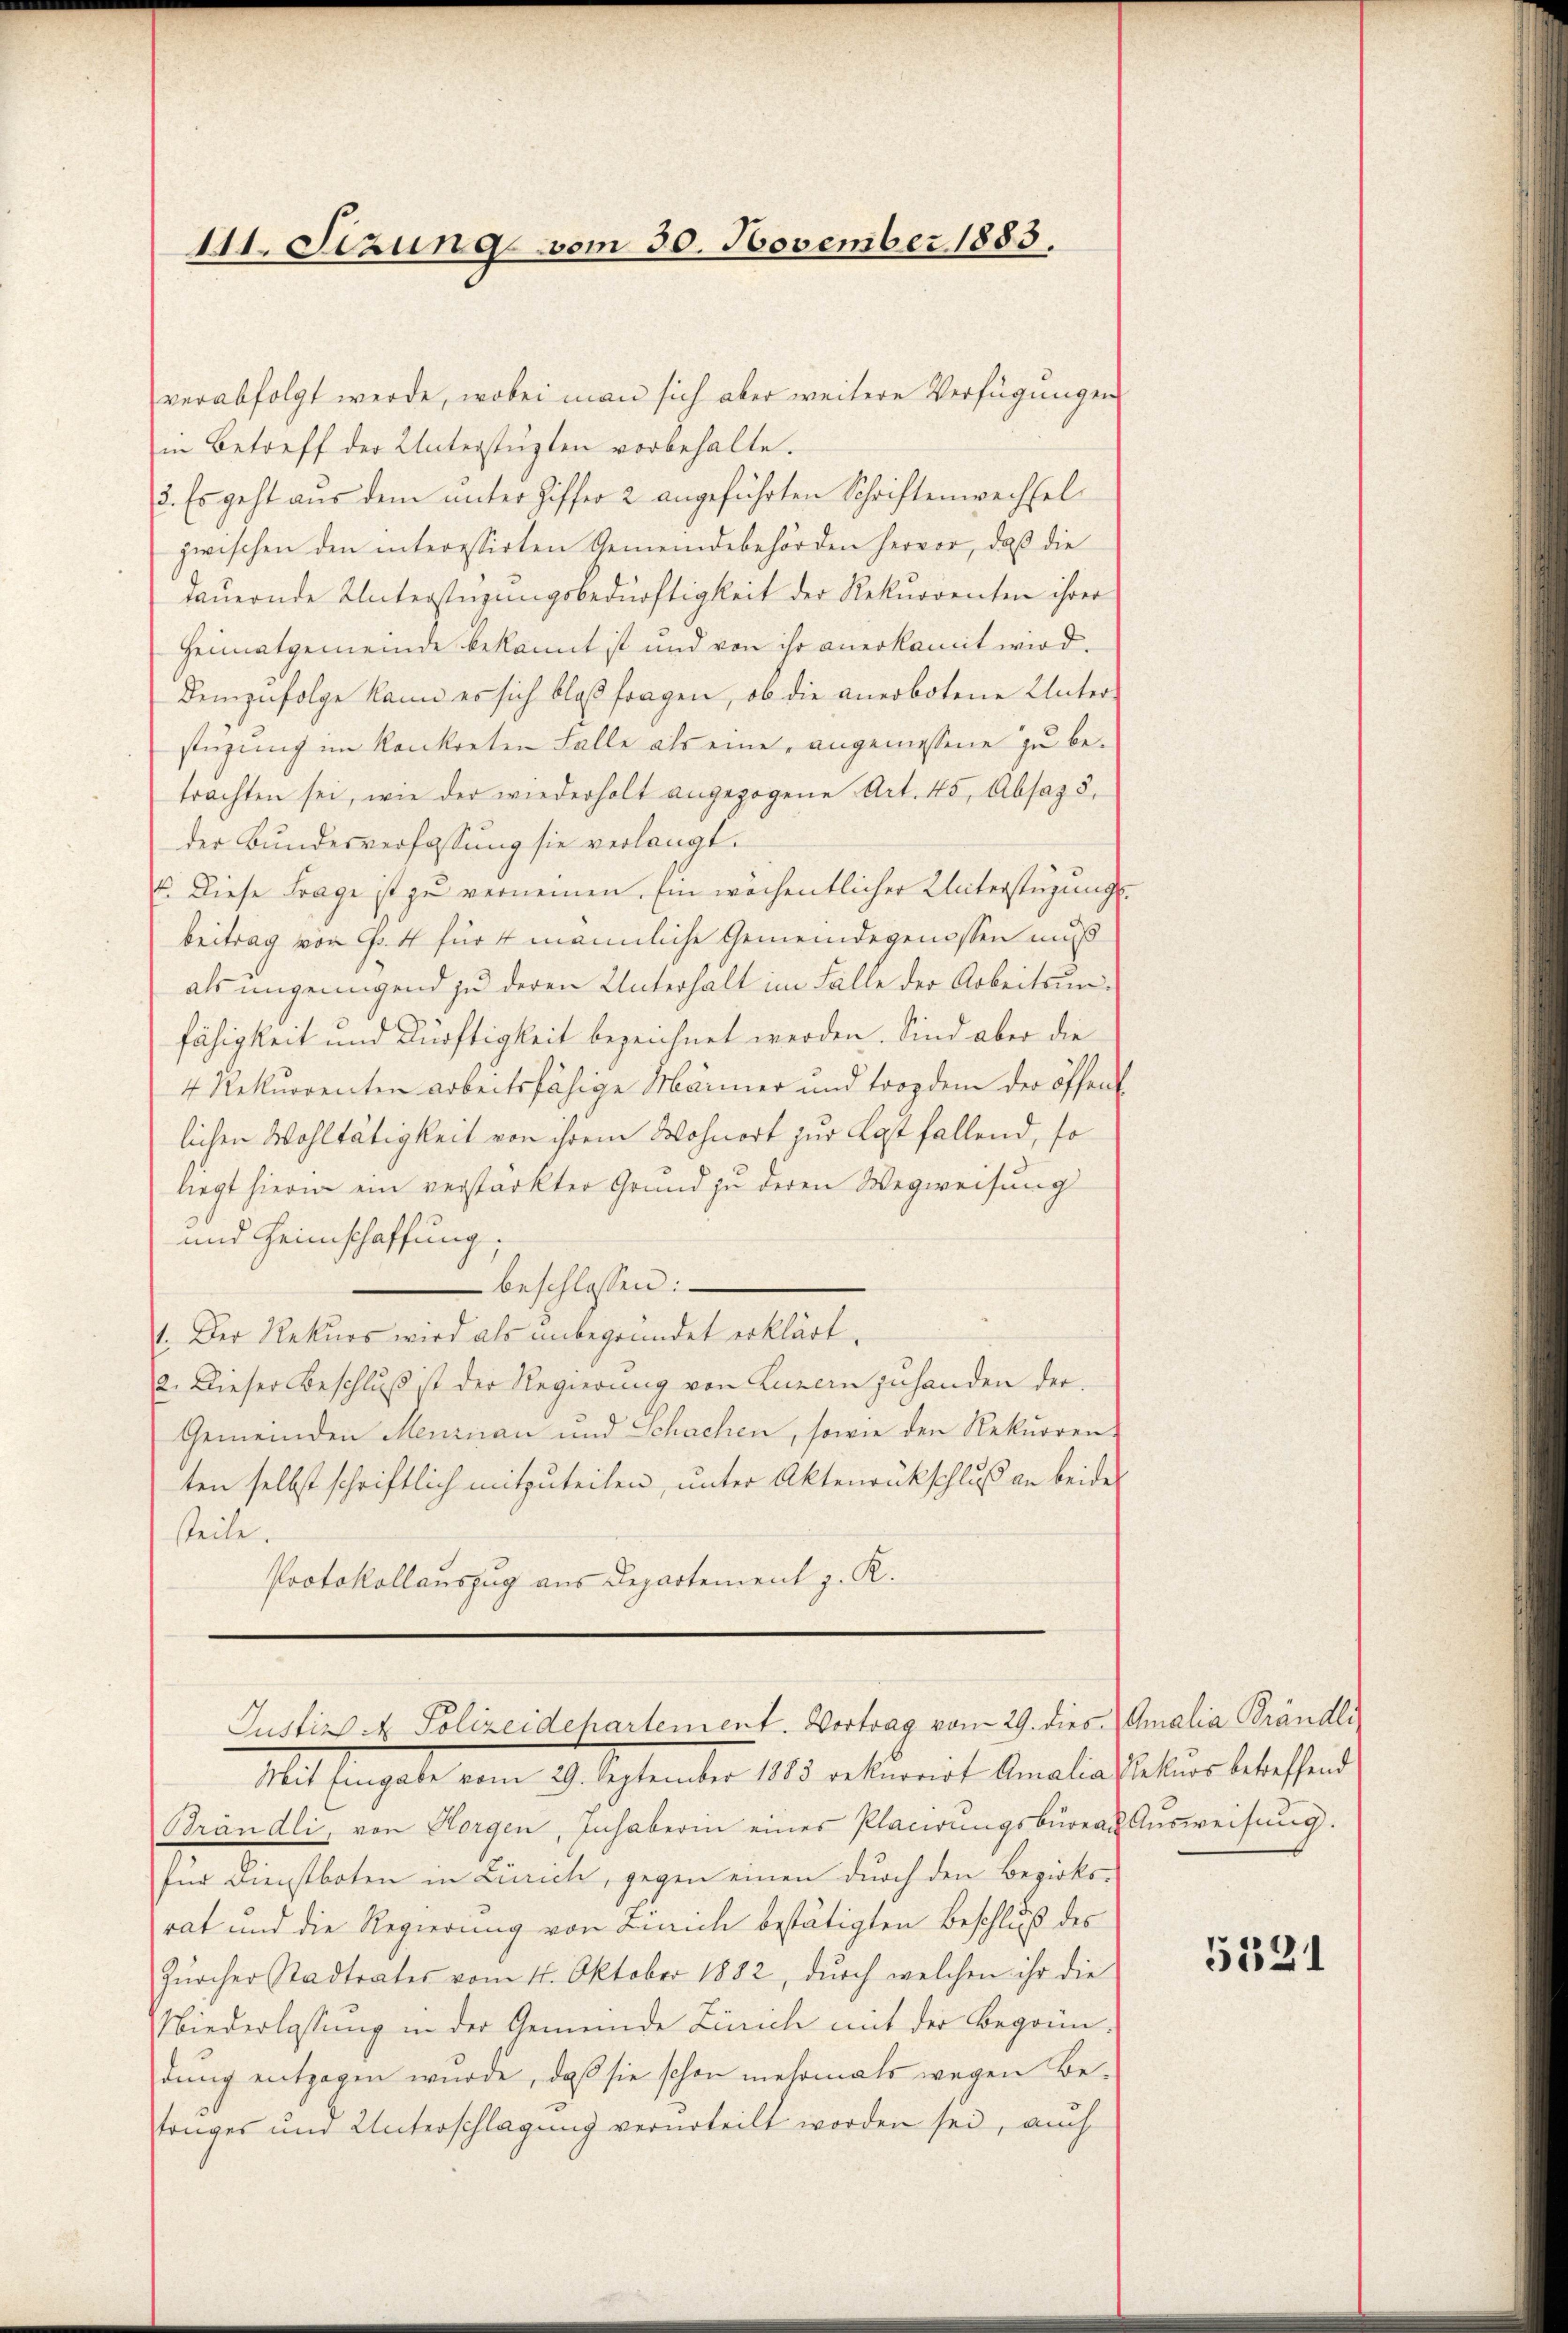
111. Sizung vom 30. November 1883.

verabfolgt werde, wobei man sich aber weitere Verfügungen
in Betreff der Unterstüzten vorbehalte.
2. Es geht aus dem unter Ziffer 2 angeführten Schriftenwechselzwischen den interessirten Gemeindebehörden hervor, daß die
dauernde Unterstüzungsbedürftigkeit der Rekurrenten ihrer
Heimatgemeinde bekannt ist und von ihr anerkannt wird.
Demzufolge kann es sich bloß fragen, ob die anerbotene Unter-
stüzung im konkreten Falle als eine angemessene zu betrachten sei, wie der wiederholt angezogene Art. 45, Absaz 8.
der Bundesverfassung sie verlangt.
E. Diese Frage ist zu vernennen. Ein wöchentlicher Unterstüzungs-
beitrag von P. 4 für 4 männliche Gemeindegenossen muß
als ungenügend zu deren Unterhalt im Falle der Arbeitsunfähigkeit und Dürftigkeit bezeichnet werden. Sind aber die
4 Rekurrenten arbeitsfähige Männer und trop dem der öffent
lichen Wohltätigkeit von ihrem Wohnort zur Last fallend, so
liegt hierin ein verstärkter Grund zu deren Wegweisung
und Heimschaffung.
beschlossen:
1. Der Rekurs wird als unbegründet erklärt.
12. Dieser Beschlŭβ ist der Regierŭng von Luzern zŭ handen der
Gemeinden Menznau und Schachen, sowie den Rekurren-
ten selbst schriftlich mitzuteilen, unter Aktenrückschluß an beide
steile.
Protokollauszug aus Departement z. R.

Justiz - Polizeidehartement. Vortrag vom 29. dies Amalia Brändli

Mit Eingabe vom 29. September 1883 rekurrirt Amalia Rekurs betreffend
Brändli, von Horgen, Inhaberin eines Placirungsbureau Ausweisung.
für Dienstboten in Zürich, gegen einen durch den Bezirksrat und die Regierung von Zinich bestätigten Beschluß des
Zürcher Stadtrates vom 11. Oktober 1882, durch welchen ihr die
Niederlassung in der Gemeinde Zürich mit der Begrün-
dung entzogen wurde, daß sie schon mehrmals wegen Betrages und Unterschlagung verurteilt worden sei, auch

5321